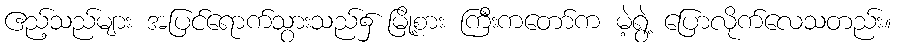
ဧည့်သည်များ အပြင်ရောက်သွားသည်၌ မြို့စား ကြီးကတော်က မဲ့ရွဲ့ ပြောလိုက်လေသတည်း။